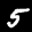
Digit: 5